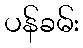
ပန်ခမ်း